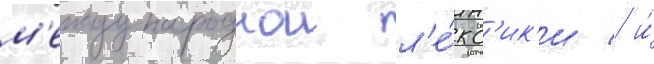
м'еждународнои л'е́кс'ик'и / и́